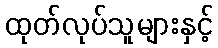
ထုတ်လုပ်သူများနှင့်